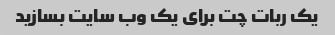
یک ربات چت برای یک وب سایت بسازید